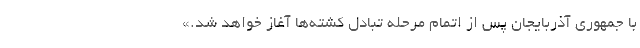
با جمهوری آذربایجان پس از اتمام مرحله تبادل کشته‌ها آغاز خواهد شد.»